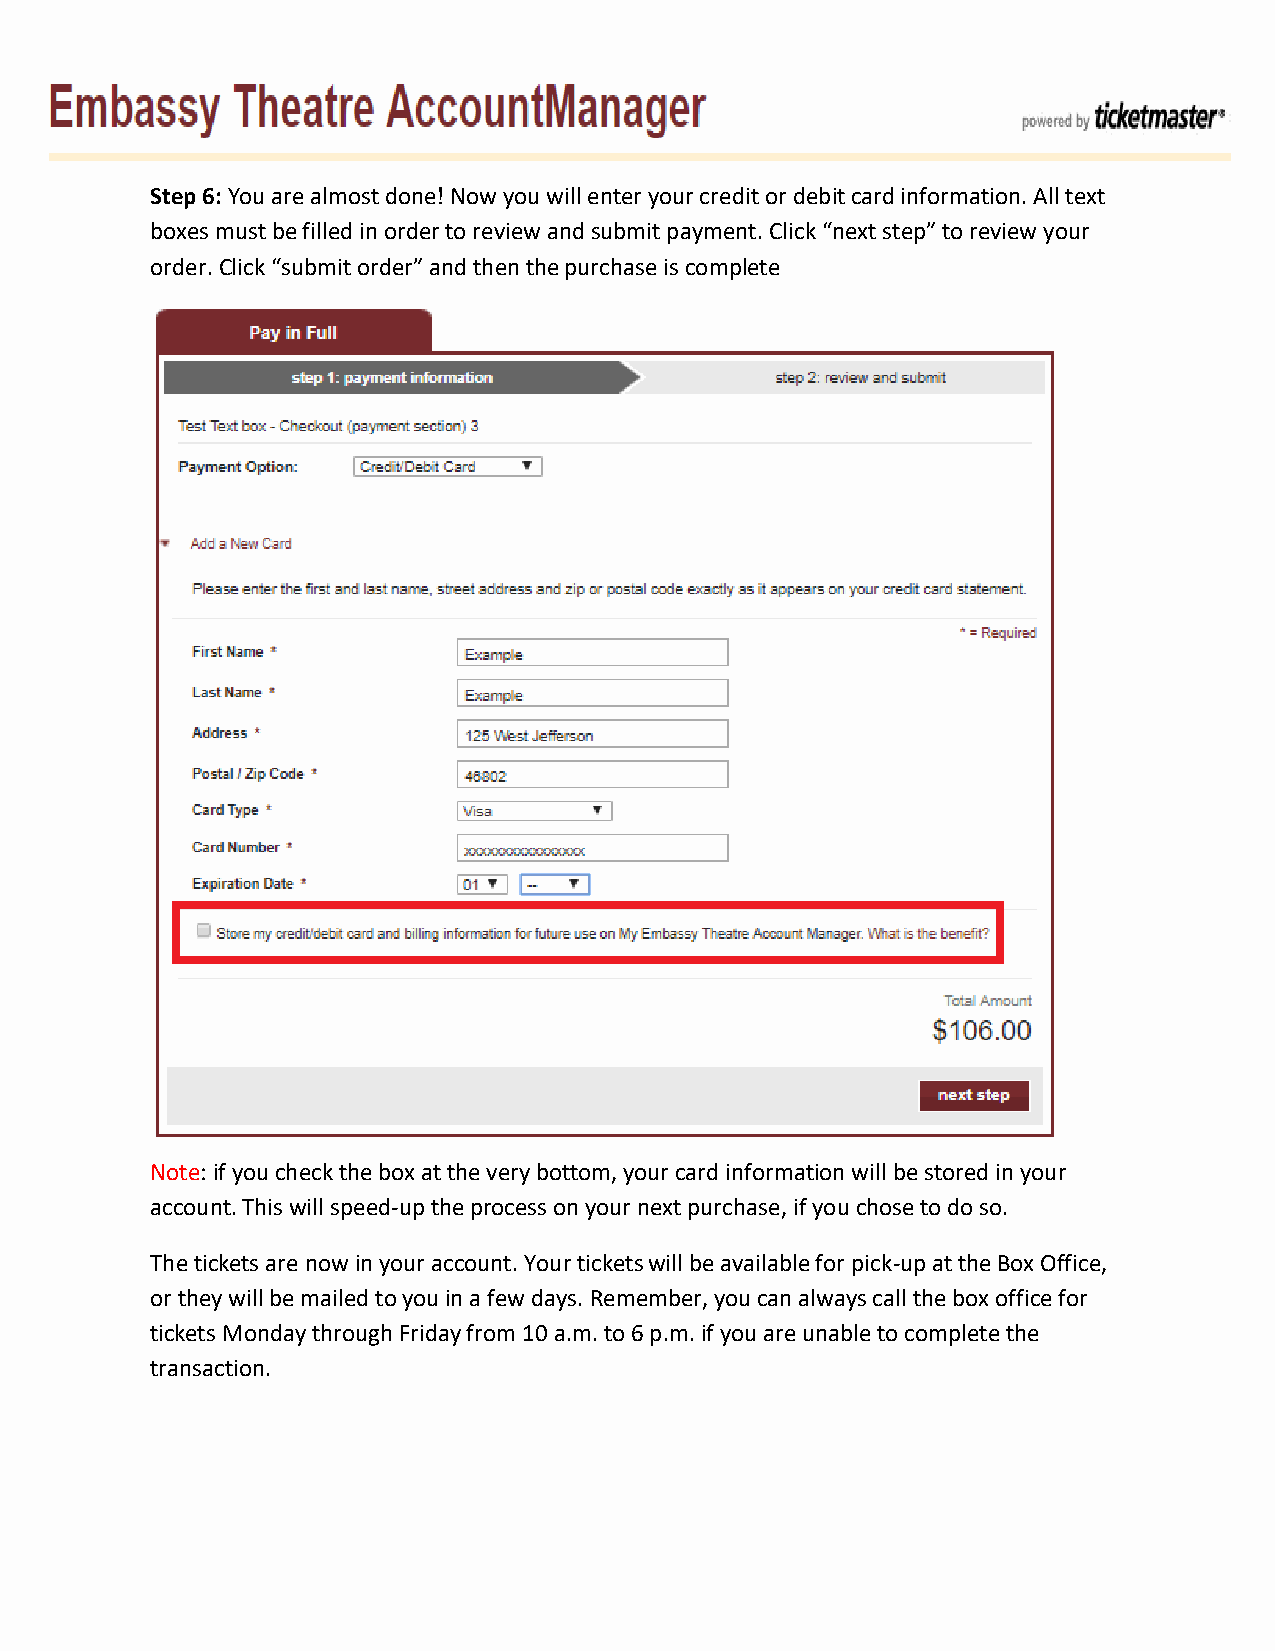
Step 6: You are almost done! Now you will enter your credit or debit card information. All text
 boxes must be filled in order to review and submit payment. Click “next step” to review your
 order. Click “submit order” and then the purchase is complete
 Note: if you check the box at the very bottom, your card information will be stored in your
 account. This will speed-up the process on your next purchase, if you chose to do so.
 The tickets are now in your account. Your tickets will be available for pick-up at the Box Office,
 or they will be mailed to you in a few days. Remember, you can always call the box office for
 tickets Monday through Friday from 10 a.m. to 6 p.m. if you are unable to complete the
 transaction.